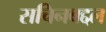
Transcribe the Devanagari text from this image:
सचिनबद्दल